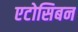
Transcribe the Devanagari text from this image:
एटोसिबन